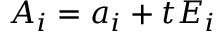
A _ { i } = a _ { i } + t E _ { i }